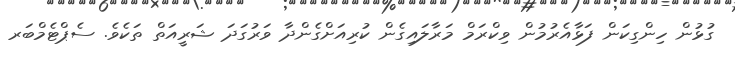
ގުޅުން ހިންގިކަން ފަޅާއެރުމުން ވިކްރަމް މަރާލައިގެން ކުރިއަށްގެންދާ ވަރުގަދަ ޝަރީއަތް ތަކެވެ. ސެޕްޓެމްބަރ